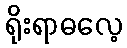
ရိုးရာဓလေ့